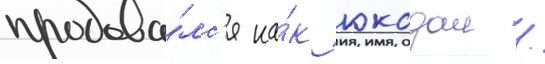
продава́лс'я ка́к юкодал /